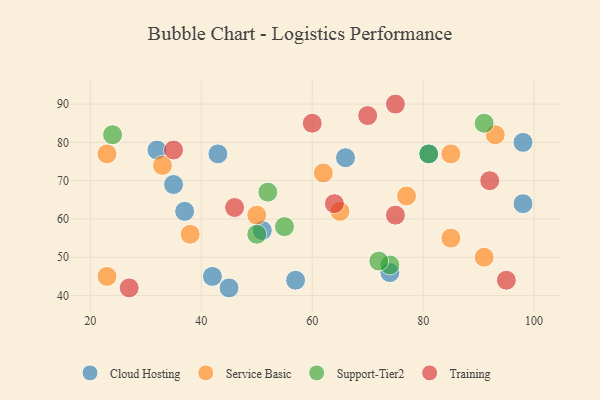
{"axis": {"x": "GDP", "y": "Life Expectancy"}, "legend": ["Cloud Hosting", "Service Basic", "Support-Tier2", "Training"], "data": [{"x": "42", "y": 45, "type": "Cloud Hosting"}, {"x": "35", "y": 69, "type": "Cloud Hosting"}, {"x": "51", "y": 57, "type": "Cloud Hosting"}, {"x": "37", "y": 62, "type": "Cloud Hosting"}, {"x": "98", "y": 64, "type": "Cloud Hosting"}, {"x": "66", "y": 76, "type": "Cloud Hosting"}, {"x": "45", "y": 42, "type": "Cloud Hosting"}, {"x": "98", "y": 80, "type": "Cloud Hosting"}, {"x": "74", "y": 46, "type": "Cloud Hosting"}, {"x": "32", "y": 78, "type": "Cloud Hosting"}, {"x": "57", "y": 44, "type": "Cloud Hosting"}, {"x": "81", "y": 77, "type": "Cloud Hosting"}, {"x": "43", "y": 77, "type": "Cloud Hosting"}, {"x": "38", "y": 56, "type": "Service Basic"}, {"x": "91", "y": 50, "type": "Service Basic"}, {"x": "77", "y": 66, "type": "Service Basic"}, {"x": "23", "y": 45, "type": "Service Basic"}, {"x": "50", "y": 61, "type": "Service Basic"}, {"x": "85", "y": 55, "type": "Service Basic"}, {"x": "33", "y": 74, "type": "Service Basic"}, {"x": "62", "y": 72, "type": "Service Basic"}, {"x": "93", "y": 82, "type": "Service Basic"}, {"x": "23", "y": 77, "type": "Service Basic"}, {"x": "65", "y": 62, "type": "Service Basic"}, {"x": "85", "y": 77, "type": "Service Basic"}, {"x": "55", "y": 58, "type": "Support-Tier2"}, {"x": "91", "y": 85, "type": "Support-Tier2"}, {"x": "50", "y": 56, "type": "Support-Tier2"}, {"x": "74", "y": 48, "type": "Support-Tier2"}, {"x": "81", "y": 77, "type": "Support-Tier2"}, {"x": "72", "y": 49, "type": "Support-Tier2"}, {"x": "24", "y": 82, "type": "Support-Tier2"}, {"x": "52", "y": 67, "type": "Support-Tier2"}, {"x": "75", "y": 61, "type": "Training"}, {"x": "27", "y": 42, "type": "Training"}, {"x": "95", "y": 44, "type": "Training"}, {"x": "35", "y": 78, "type": "Training"}, {"x": "92", "y": 70, "type": "Training"}, {"x": "60", "y": 85, "type": "Training"}, {"x": "64", "y": 64, "type": "Training"}, {"x": "70", "y": 87, "type": "Training"}, {"x": "46", "y": 63, "type": "Training"}, {"x": "75", "y": 90, "type": "Training"}]}